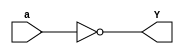
module not_gates(Y, a);
output Y; 
input a; 
not a_1(Y,a); 
endmodule